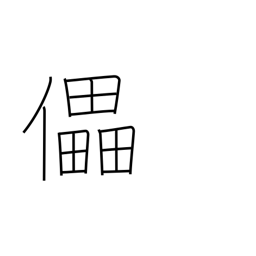
Meaning: defeat